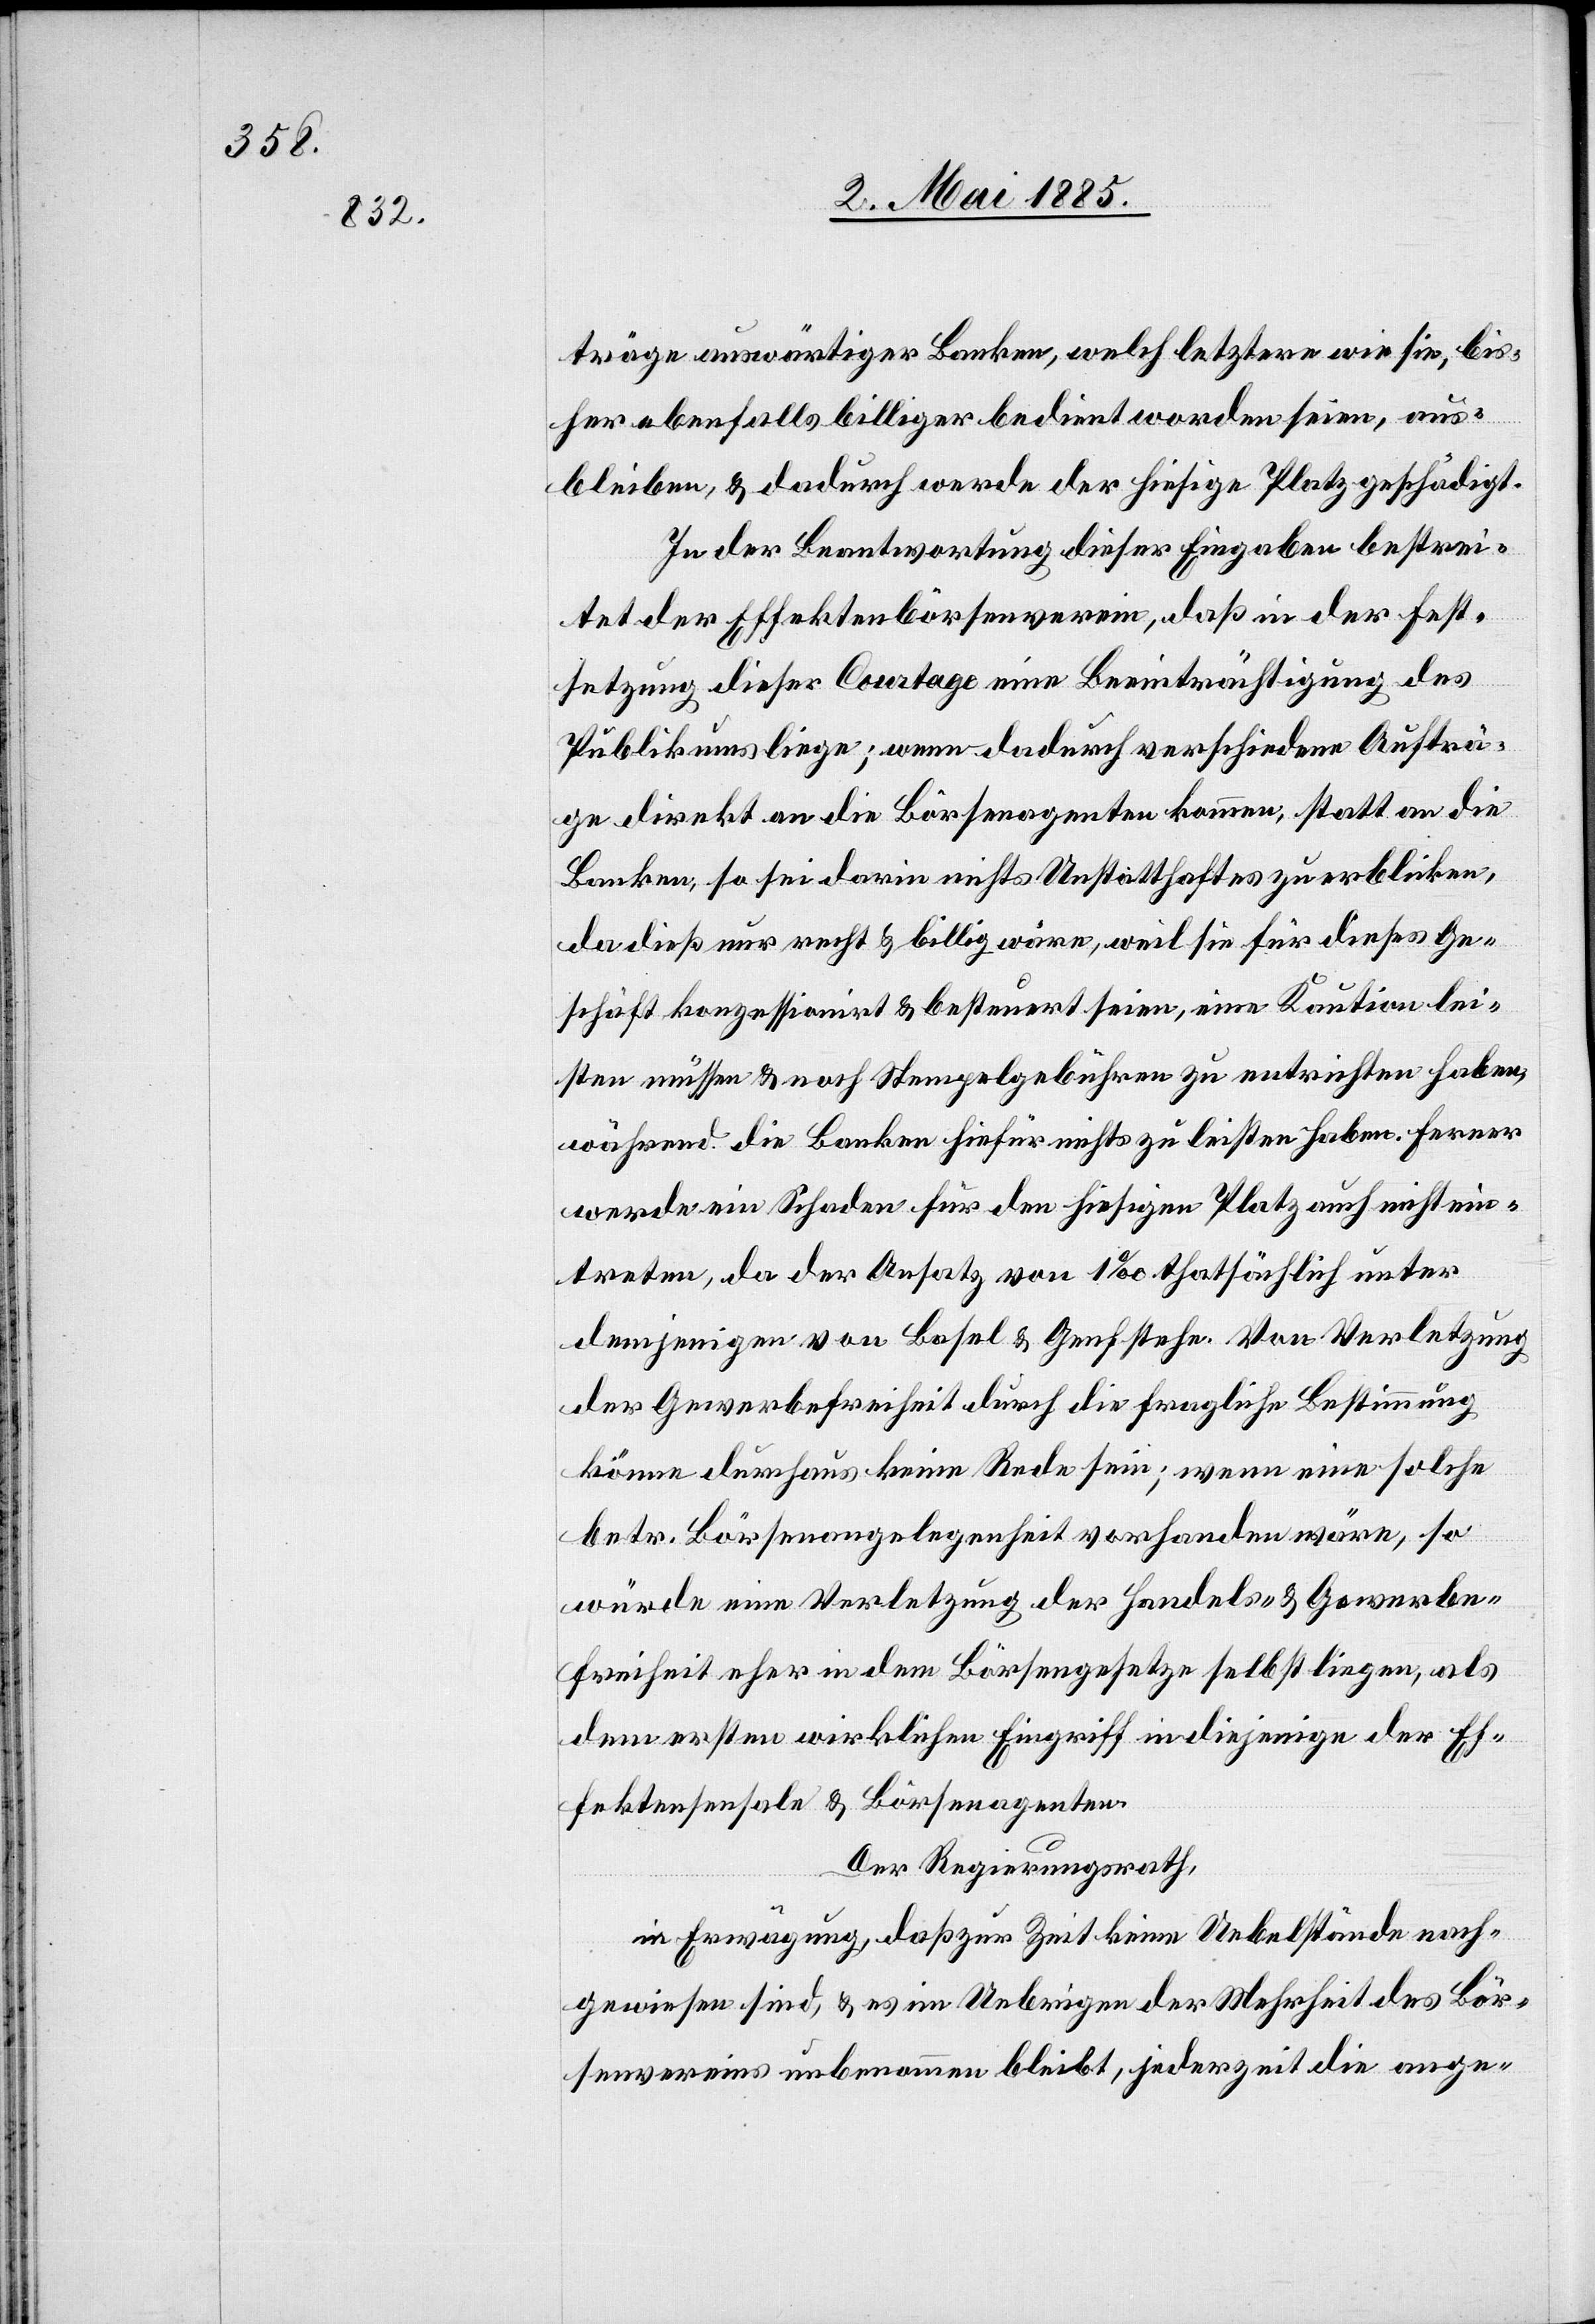
träge auswärtiger Banken, welch letztere wie sie, bis¬
her ebenfalls billiger bedient worden seien, aus¬
bleiben, & dadurch werde der hiesige Platz geschädigt.
In der Beantwortung dieser Eingabe bestrei¬
tet der Effektenbörsenverein, daß in der Fest¬
setzung dieser Courtage eine Beeinträchtigung des
Publikums liege; wenn dadurch verschiedene Aufträ¬
ge direkt an die Börsenagenten kommen, statt an die
Banken, so sei darin nichts Unstatthaftes zu erblicken,
da dieß nur recht & billig wäre, weil sie für dieses Ge¬
schäft konzessionirt & besteuert seien, eine Kaution lei¬
sten müssen & noch Stempelgebühren zu entrichten haben,
während die Banken hiefür nichts zu leisten haben. Ferner
werde ein Schaden für den hiesigen Platz auch nicht ein¬
treten, da der Ansatz von 1‰ thatsächlich unter
demjenigen von Basel & Genf stehe. Von Verletzung
der Gewerbefreiheit durch die fragliche Bestimmung
könne durchaus keine Rede sein; wenn eine solche
betr. Börsenangelegenheit vorhanden wäre, so
würde eine Verletzung der Handels- & Gewerbe¬
freiheit eher in dem Börsengesetze selbst liegen, als
dem ersten wirklichen Eingriff in diejenige der Ef¬
fektensensale & Börsenagenten.
Der Regierungsrath,
in Erwägung, daß zur Zeit keine Uebelstände nach¬
gewiesen sind, & es im Uebrigen der Mehrheit des Bör¬
senvereins unbenommen bleibt, jederzeit die ange-